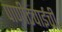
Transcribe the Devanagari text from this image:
पाणीटंचाईची